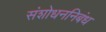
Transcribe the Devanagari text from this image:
संशोधननिबंध